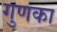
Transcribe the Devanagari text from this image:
गुणका